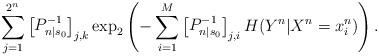
LaTeX: \begin{align*}\sum_{j=1}^{2^n} \begin{bmatrix}P_{n|s_0}^{-1}\end{bmatrix}_{j,k}\exp_2\left(-\sum_{i=1}^M \begin{bmatrix}P_{n|s_0}^{-1}\end{bmatrix}_{j,i}H(Y^n|X^n = x_i^n)\right). \end{align*}